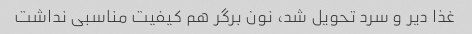
غذا دیر و سرد تحویل شد، نون برگر هم کیفیت مناسبی نداشت